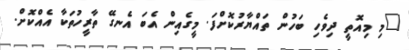
"މި މިއޮތީ ދިވެހި ބަހުން ތައްޔާރުކޮށްފަ. މީގެއިން އެބަ އެނގޭ ތާރީހުތަކާ އެއްކޮށް.